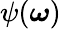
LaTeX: \psi(\boldsymbol\omega)